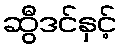
ဆွီဒင်နှင့်